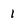
Character: 1